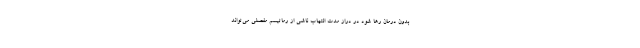
بدون درمان رها شود در دراز مدت التهاب ناشی از رماتیسم مفصلی می‌تواند